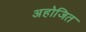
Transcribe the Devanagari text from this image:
अहोजित